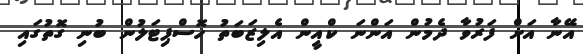
އޭނާ އަށް ފަރުވާ ދެމުން އަންނަ ކްއީން އެލިޒަބަތު ހޮސްޕިޓަލުން ބުނި ގޮތުގައި